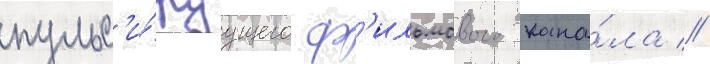
пульс'и́руущего ф'ильмового кана́ла //